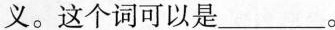
义。这个词可以是___。